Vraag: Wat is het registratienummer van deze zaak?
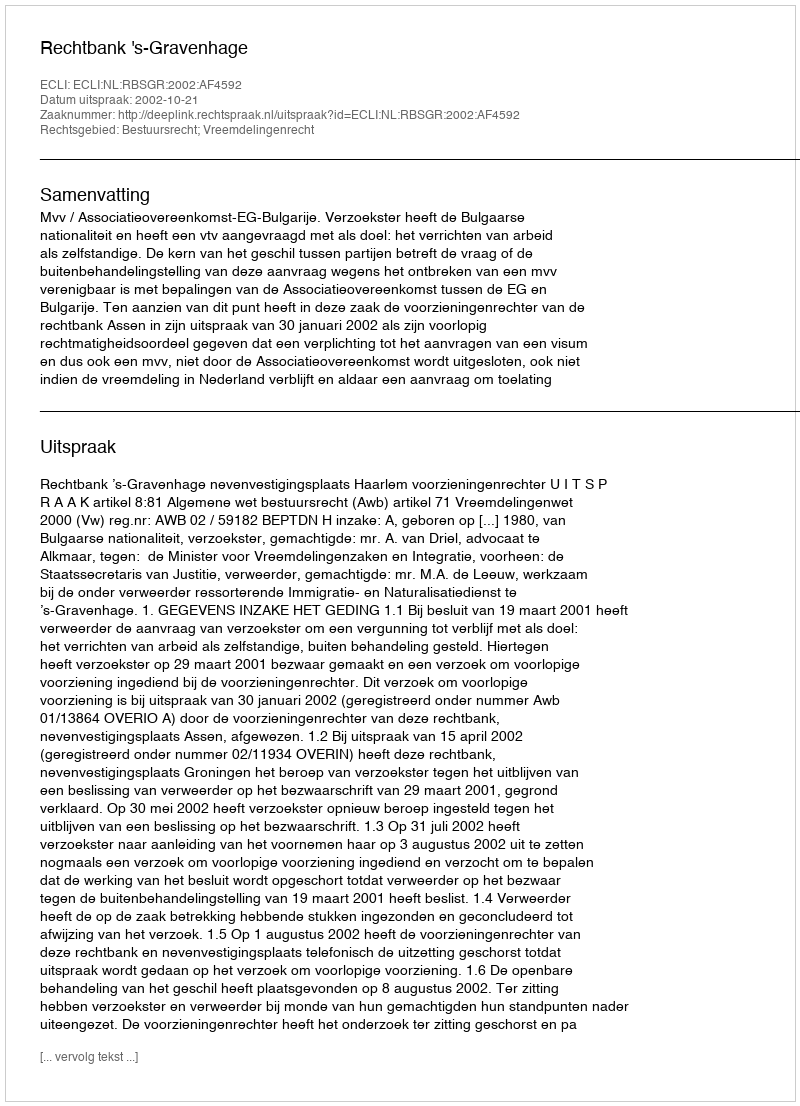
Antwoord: http://deeplink.rechtspraak.nl/uitspraak?id=ECLI:NL:RBSGR:2002:AF4592